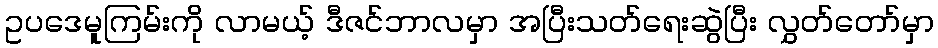
ဥပဒေမူကြမ်းကို လာမယ့် ဒီဇင်ဘာလမှာ အပြီးသတ်ရေးဆွဲပြီး လွှတ်တော်မှာ